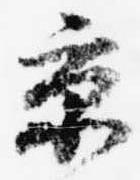
京